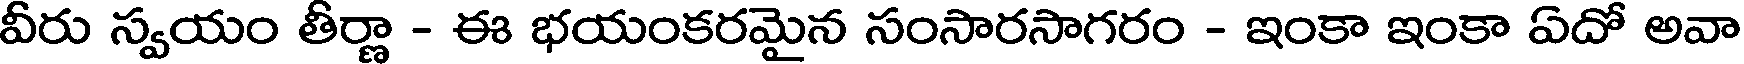
వీరు స్వయం తీర్ణా - ఈ భయంకరమైన సంసారసాగరం - ఇంకా ఇంకా ఏదో అవా